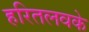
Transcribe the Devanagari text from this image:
हरितलवके